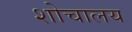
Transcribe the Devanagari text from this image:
शोचालय